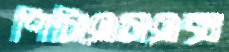
পিসিএসএক্স